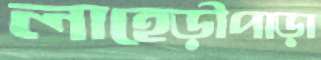
লাহেড়ীপাড়া